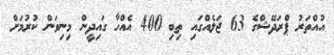
އުއްތަރު ޕްރަދޭޝްގެ 63 ޖަލެއްގައި ތިބި 400 އެއްހާ ގައިދީން މިނިވަން ކުރުމަށް